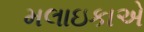
મલાઇકાએ